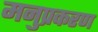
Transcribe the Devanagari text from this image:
मनुप्रकरण